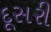
દૂસરી